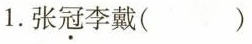
1.张冠李戴()